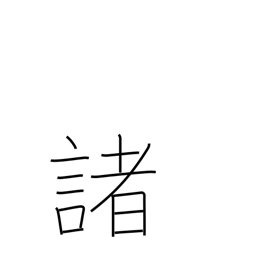
Meaning: many